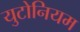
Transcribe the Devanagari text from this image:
युटोनियम